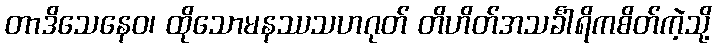
တာဒိသေနေဝ၊ ထိုသောမနဿသဟဂုတ် တိဟိတ်အသင်္ခါရိကစိတ်ကဲ့သို့